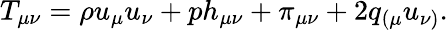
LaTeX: T_{\mu\nu}=\rho u_{\mu}u_{\nu}+ph_{\mu\nu}+\pi_{\mu\nu}+2q_{(\mu}u_{\nu)}.